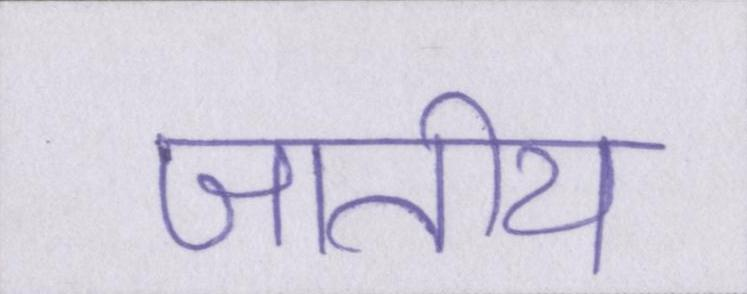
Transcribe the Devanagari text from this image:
जातीय